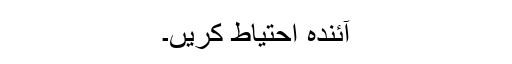
آئندہ احتیاط کریں۔